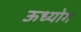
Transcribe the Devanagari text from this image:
ऊध्योग